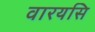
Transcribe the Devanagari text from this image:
वारयसि